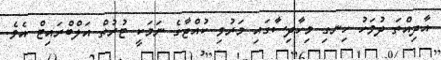
އާދިއްތަ ދުވަހު ހިނގި މިހާދިސާގައި މަރުވި ކުއްޖާގެ ނަމަކީ ޓުރުތް އަލްބްރައިޓް އެވެ.